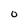
Character: 0